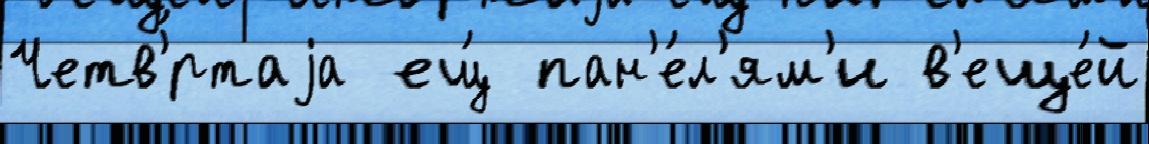
Четв'́ртаjа ещ́ пан'е́л'ям'и в'еще́й